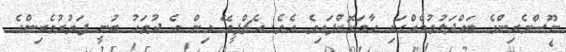
ނޫސްވެރިންގެ ބައްދަލުވުމެއްގައި ހާމަކޮށްފައިވެ އެވެ. އެޗްޕީއޭ އިން އެ ދުވަހު ބުނީ ފަތުރުވެރިންގެ